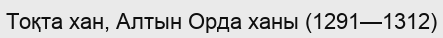
Тоқта хан, Алтын Орда ханы (1291—1312)